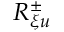
R _ { \xi u } ^ { \pm }